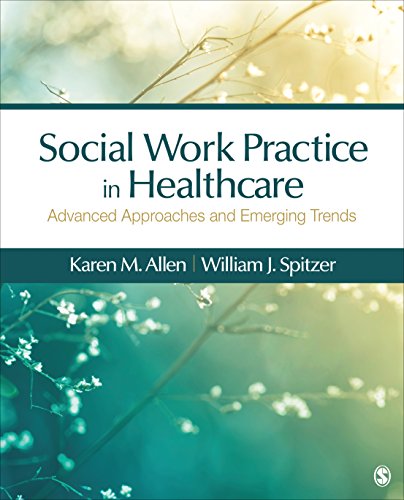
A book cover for Social Work Practice in Healthcare: Advanced Approaches and Emerging Trends; Karen Marie-Neuman Allen; Medical Books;